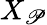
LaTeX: X_{\mathscr{P}}